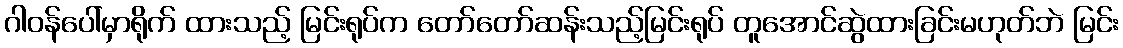
ဂါဝန်ပေါ်မှာရိုက် ထားသည့် မြင်းရုပ်က တော်တော်ဆန်းသည့်မြင်းရုပ် တူအောင်ဆွဲထားခြင်းမဟုတ်ဘဲ မြင်း